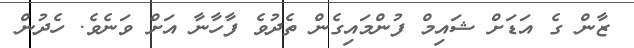
ޒާން ގެ އަޑަށް ޝައިމް ފުންމައިގެން ތެދުވެ ފާހާނާ އަށް ވަނެވެ. ހެދުން